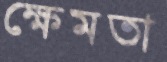
ক্ষেমতা